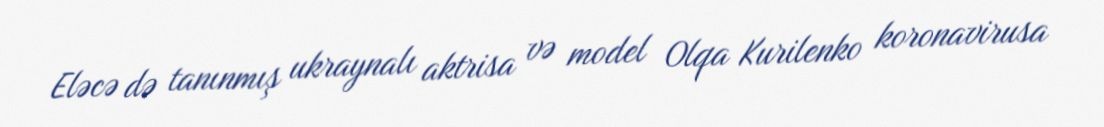
Eləcə də tanınmış ukraynalı aktrisa və model Olqa Kurilenko koronavirusa